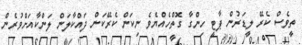
ތީވެސް ކެރޭ ލީޑަރުން ޕާޓީ ހިންގާ ގޮތްހެއްޔެވެ ނިކަން ކެރޭކަން ދަައްކާލަން ލަންކާއަށްވުރެން